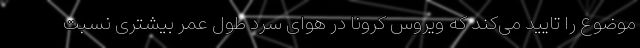
موضوع را تایید می‌کند که ویروس کرونا در هوای سرد طول عمر بیشتری نسبت